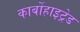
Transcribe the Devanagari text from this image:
कार्बोहाइट्रेड